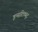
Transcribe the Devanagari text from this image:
इन्सटिठ्युट